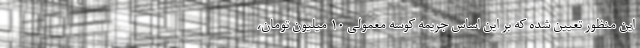
این منظور تعیین شده که بر این اساس جریمه کوسه معمولی ۱۰ میلیون تومان،